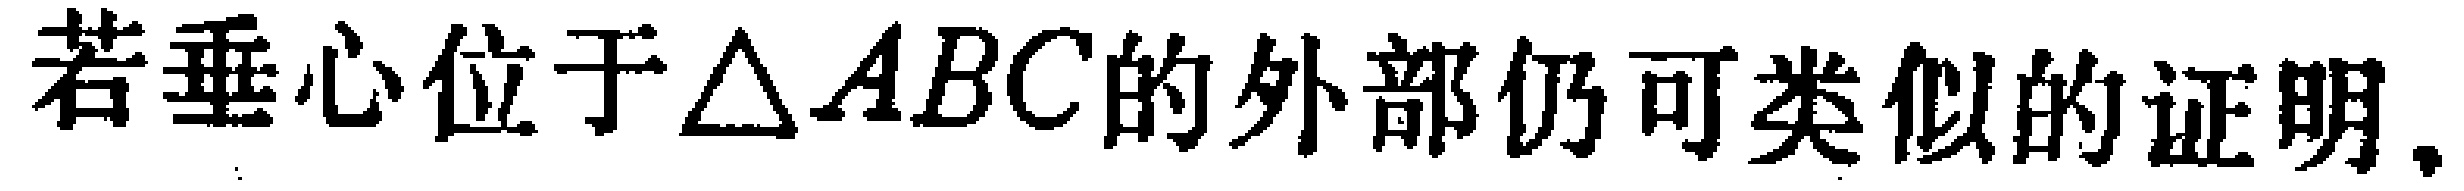
若垂心位于$\triangle ABC$的外部仍可类似的证明.